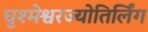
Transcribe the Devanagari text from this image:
घुश्मेश्वरज्योतिर्लिंग